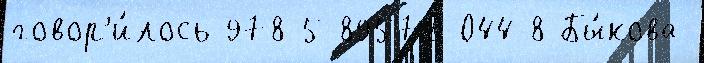
говор'и́лось 978-5-89572-044-8 Бы́кова